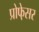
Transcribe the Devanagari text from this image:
प्रोफे़सर